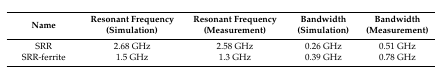
<table><thead><tr><td><b>Name</b></td><td><b>Resonant Frequency (Simulation)</b></td><td><b>Resonant Frequency (Measurement)</b></td><td><b>Bandwidth (Simulation)</b></td><td><b>Bandwidth (Measurement)</b></td></tr></thead><tbody><tr><td>SRR</td><td>2.68 GHz</td><td>2.58 GHz</td><td>0.26 GHz</td><td>0.51 GHz</td></tr><tr><td>SRR-ferrite</td><td>1.5 GHz</td><td>1.3 GHz</td><td>0.39 GHz</td><td>0.78 GHz</td></tr></tbody></table>